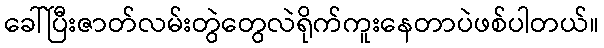
ခေါ်ပြီးဇာတ်လမ်းတွဲတွေလဲရိုက်ကူးနေတာပဲဖစ်ပါတယ်။